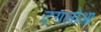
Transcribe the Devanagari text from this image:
टगलोआ